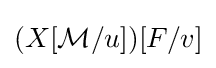
(X[{\mathcal {M}}/u])[F/v]